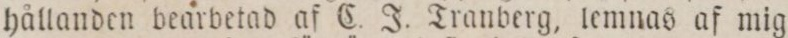
hållanden bearbetad af C. J. Tranberg, lemnas af mig